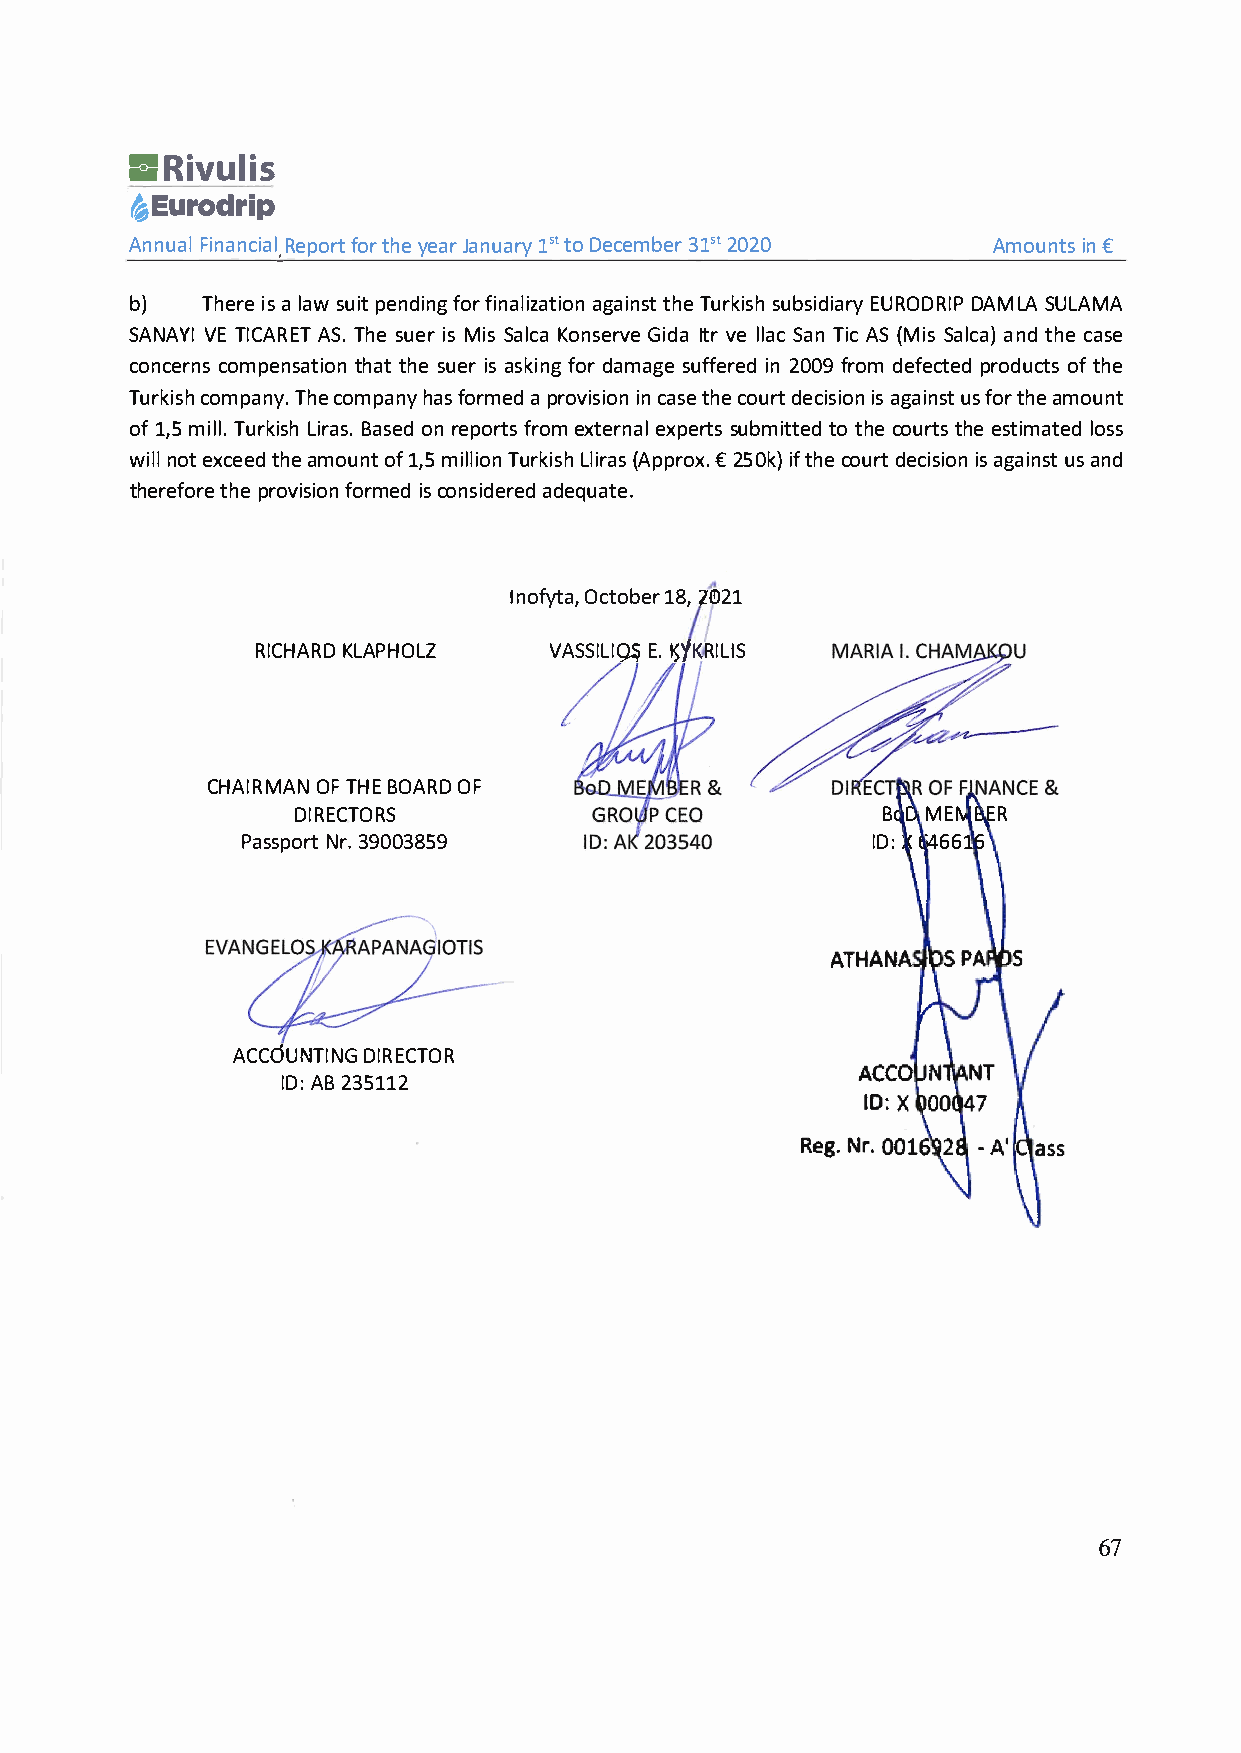
園Rivulis
 参Eurodrip
 AnnuFailn anRceipaoflrottrh yee aJra nula5r1t yoD ecemb3el512r 0 20 Amounitns€
 ,
 b)   Theirasel aswu pietn difnofgri naliazgaatitinhosTentu rksiusbhs iEdUiRaOrDyR DIAPML AS ULAMA
 SANAVYEIT ICARAESTT.h es ueirsM isS alKcoan seGrivdela tv rel lSaacnT iAcS ( MiSsa lcaan)dt hcea se
 concecronmsp enstahtaittoh nse u eirsa skifnodgra magseu ffeirn2e 0d0f 9r odme fecptreodd uocftt hse
 Turkciosmhp aTnhyce.o mpahnayfs o rmaep dr oviisnci aostneh ceo udretc iisasig oani unsfs ottr h aem ount
 of1 ,m5i lTlu.r kLiisrhBa ass.eo dnr epofrrtosem x terenxaples rutbsm ittott ehdce o urtthsee s timlaotsesd
 winlolet x cetehdae m ouonft1 ,m5i llTiuornk Lilsih(r Aapsp €r o2x5.0iktf)h ceo udretc isiiasog na iunsas ntd
 theretfhoperr eo visioni csfo onrsmiedaded reeqdu ate.
 lnofOycttao,b1 e8'r,1 ©21
 RICHAKRLDA PHOLZ    VASSIEL.IK Q.SYqR !ILIS
 CHAIRMOAFTN H BEO ARODF
 DIRECTORS                              BoDM EMBER
 PasspNor3r.9t 0 03859                    IDX:6 46616
 ACCOUNTDIINRGE CTOR
 IDA:B 2 35112
 67